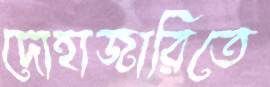
দোহাজারিতে